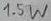
Text: 1.5W